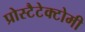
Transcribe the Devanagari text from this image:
प्रोस्टैटेक्टोमी